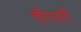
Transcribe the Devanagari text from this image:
चौरावरी